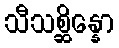
သီသစ္ဆိန္နော